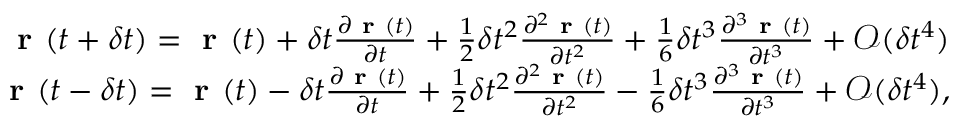
\begin{array} { r } { \textbf { r } ( t + \delta t ) = \textbf { r } ( t ) + \delta t \frac { \partial \textbf { r } ( t ) } { \partial t } + \frac { 1 } { 2 } \delta t ^ { 2 } \frac { \partial ^ { 2 } \textbf { r } ( t ) } { \partial t ^ { 2 } } + \frac { 1 } { 6 } \delta t ^ { 3 } \frac { \partial ^ { 3 } \textbf { r } ( t ) } { \partial t ^ { 3 } } + \mathcal { O } ( \delta t ^ { 4 } ) } \\ { \textbf { r } ( t - \delta t ) = \textbf { r } ( t ) - \delta t \frac { \partial \textbf { r } ( t ) } { \partial t } + \frac { 1 } { 2 } \delta t ^ { 2 } \frac { \partial ^ { 2 } \textbf { r } ( t ) } { \partial t ^ { 2 } } - \frac { 1 } { 6 } \delta t ^ { 3 } \frac { \partial ^ { 3 } \textbf { r } ( t ) } { \partial t ^ { 3 } } + \mathcal { O } ( \delta t ^ { 4 } ) , } \end{array}